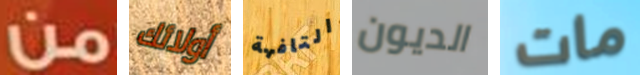
من أولائك التافهة الديون مات